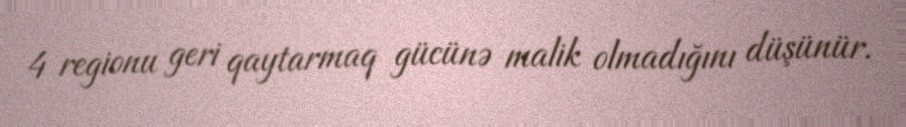
4 regionu geri qaytarmaq gücünə malik olmadığını düşünür.